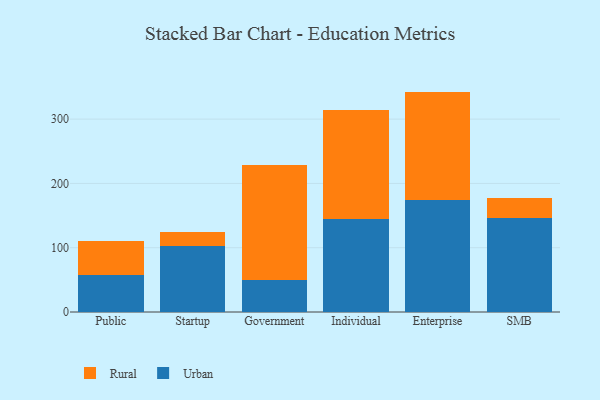
{"axis": {"x": "Segment", "y": "Gross Profit (USD K)"}, "legend": ["Rural", "Urban"], "data": [{"x": "Public", "y": 58.0, "type": "Urban"}, {"x": "Public", "y": 53.1, "type": "Rural"}, {"x": "Startup", "y": 101.9, "type": "Urban"}, {"x": "Startup", "y": 22.6, "type": "Rural"}, {"x": "Government", "y": 49.1, "type": "Urban"}, {"x": "Government", "y": 179.3, "type": "Rural"}, {"x": "Individual", "y": 145.3, "type": "Urban"}, {"x": "Individual", "y": 168.3, "type": "Rural"}, {"x": "Enterprise", "y": 173.5, "type": "Urban"}, {"x": "Enterprise", "y": 169.3, "type": "Rural"}, {"x": "SMB", "y": 146.2, "type": "Urban"}, {"x": "SMB", "y": 31.0, "type": "Rural"}]}